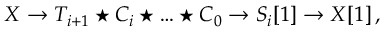
{ \cal X } \to { \cal T } _ { i + 1 } \star { \cal C } _ { i } \star \ldots \star { \cal C } _ { 0 } \to { \cal S } _ { i } [ 1 ] \to { \cal X } [ 1 ] \, ,